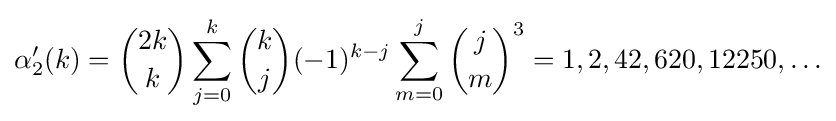
\alpha '_{2}(k)={\binom {2k}{k}}\sum _{j=0}^{k}{\binom {k}{j}}(-1)^{k-j}\sum _{m=0}^{j}{\binom {j}{m}}^{3}=1,2,42,620,12250,\ldots